Plague in India, 1896, 1897 - Volume 1
Year: 1896
Disease focus: Plague
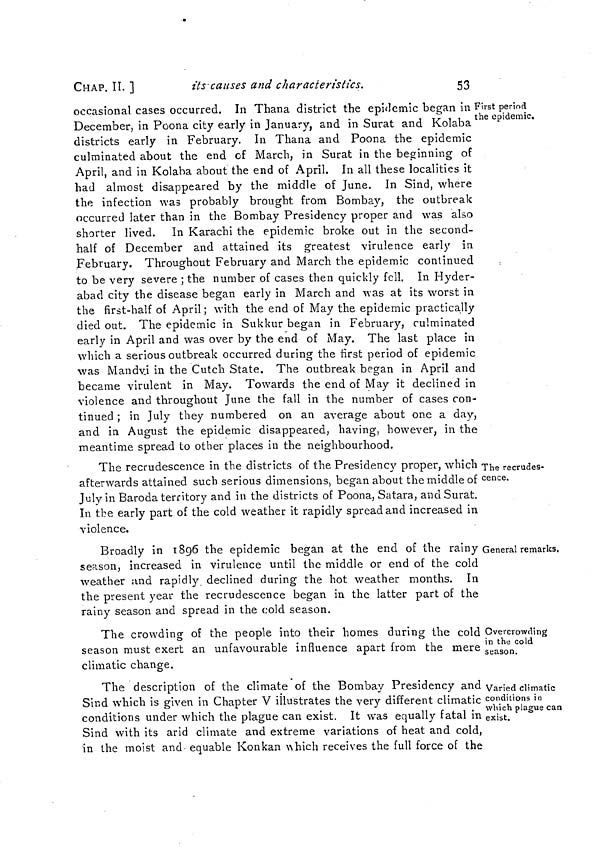
CHAP. II. ]
its causes and characteristics.
53
First period
the epidemic.
occasional cases occurred. In Thana district the epidemic began in
December, in Peona city early in January, and in Surat and Kolaba
districts early in February. In Thana and Poona the epidemic
culminated about the end of March, in Surat in the beginning of
April, and in Kolaba about the end of April. In all these localities it
had almost disappeared by the middle of June. In Sind, where
the infection was probably brought from Bombay, the outbreak
occurred later than in the Bombay Presidency proper and was also
shorter lived. In Karachi the epidemic broke out in the second-
half of December and attained its greatest virulence early in
February. Throughout February and March the epidemic continued
to be very severe ; the number of cases then quickly fell. In Hyder-
abad city the disease began early in March and was at its worst in
the first-half of April ; with the end of May the epidemic practically
died out. The epidemic in Sukkur began in February, culminated
early in April and was over by the end of May. The last place in
which a serious outbreak occurred during the first period of epidemic
was Mandvi in the Cutch State. The outbreak began in April and
became virulent in May. Towards the end of May it declined in
violence and throughout June the fall in the number of cases con-
tinued ; in July they numbered on an average about one a day,
and in August the epidemic disappeared, having, however, in the
meantime spread to other places in the neighbourhood.
The recrudes-
cence.
The recrudescence in the districts of the Presidency proper, which
afterwards attained such serious dimensions, began about the middle of
July in Baroda territory and in the districts of Poona, Satara, and Surat.
In the early part of the cold weather it rapidly spread and increased in
violence.
General remarks.
Broadly in 1896 the epidemic began at the end of the rainy
season, increased in virulence until the middle or end of the cold
weather and rapidly declined during the hot weather months. In
the present year the recrudescence began in the latter part of the
rainy season and spread in the cold season.
Overcrowding
in the cold
season.
The crowding of the people into their homes during the cold
season must exert an unfavourable influence apart from the mere
climatic change.
Varied climatic
conditions in
which plague can
exist.
The description of the climate of the Bombay Presidency and
Sind which is given in Chapter V illustrates the very different climatic
conditions under which the plague can exist. It was equally fatal in
Sind with its arid climate and extreme variations of heat and cold,
in the moist and equable Konkan which receives the full force of the